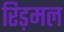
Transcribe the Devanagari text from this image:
रिड़मल